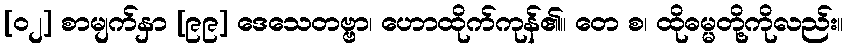
[၀၂] စာမျက်နှာ [၉၉] ဒေသေတဗ္ဗာ၊ ဟောထိုက်ကုန်၏။ တေ စ၊ ထိုဓမ္မတို့ကိုလည်း။